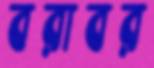
বরাবর